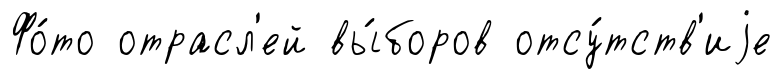
Фо́то отрасл'ей вы́боров отсу́тств'иjе